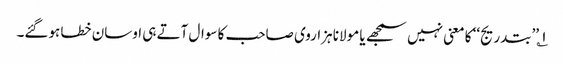
۱؎ ’’بتدریج‘‘ کا معنی نہیں سمجھے یا مولانا ہزاروی صاحب کا سوال آتے ہی اوسان خطا ہوگئے۔